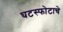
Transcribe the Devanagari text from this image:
घटस्फोटाचे